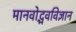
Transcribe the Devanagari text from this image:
मानवोद्भवविज्ञान